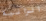
الزانية